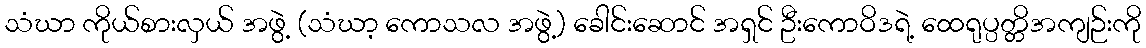
သံဃာ ကိုယ်စားလှယ် အဖွဲ့ (သံဃာ့ ကောသလ အဖွဲ့) ခေါင်းဆောင် အရှင် ဦးကောဝိဒရဲ့ ထေရုပ္ပတ္တိအကျဉ်းကို